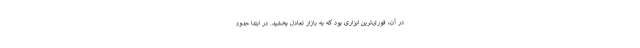
در آن، فوری‌ترین ابزاری بود که به بازار تعادل بخشید. در ابتدا حدود